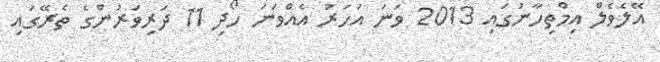
އޭލެވެލް އިމްތިހާނުގައި 2013 ވަނަ އަހަރު އެއްވަނަ ހޯދި 11 ދަރިވަރުންގެ ތެރޭގައި